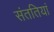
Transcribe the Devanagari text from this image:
संततियां